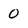
Character: 0